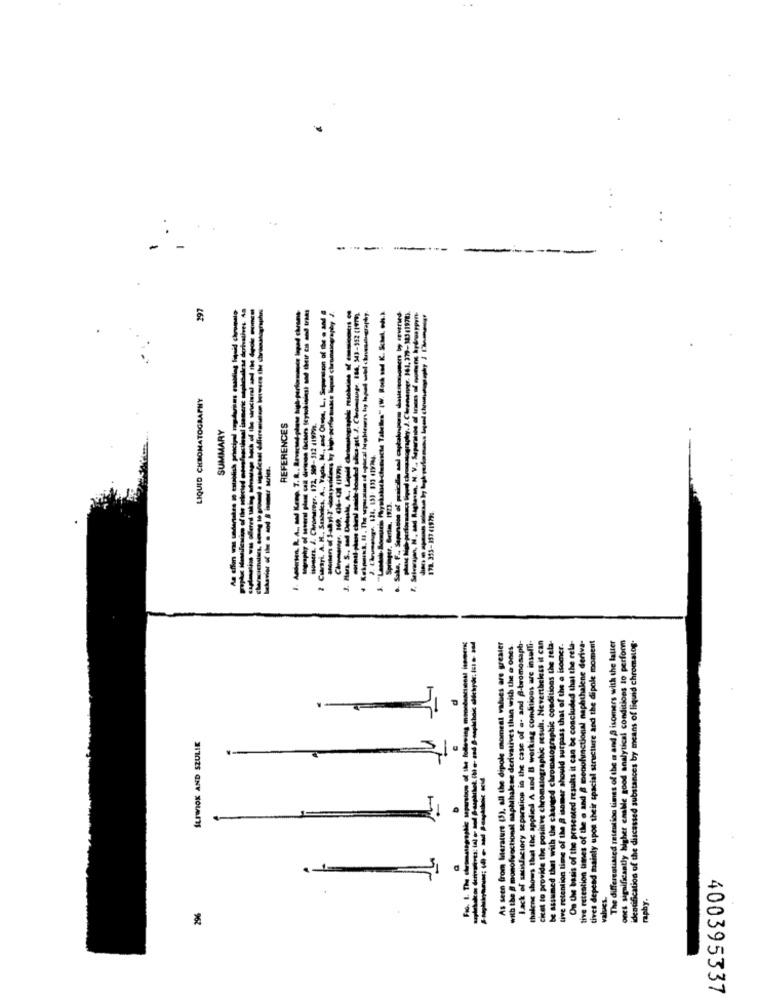
..
-
197
cilsal isemeric maptubeless derivatives As
2 Curyi. A. H ., Smontes, A ... Vada. M ., and Otmin, L. Seperation of the o and #
phase lab-performance Bypod chaussatography. J. Chenonver. 161, 379-343(1978)
LIQUID CHROMATOGRAPHY
isones. J. Chromaregr. 172. 500-312 41979.
SUMMARY
REFERENCES
Springer, Gerla. (923.
978. 355-357 41979
sphy of
-
.
As seen from literature (5), all the dipole moment values are greater
winfactory separation in the case of a. and A-bromonaph-
citet to provide the positive chromatographic result. Nevertheless it can
be assumed that with the changed chromatographic conditions the rela-
tives depend mainly upon their spacial structure and the dipole moment
The differentiated retention times of the a and @ isomers with the latter
ones significantly higher chable good analytical conditions to perform
identification of the discassed substances by means of liquid chromatog.
with the @ monofvoctional naphthalese derivatives than with the e ones
thalene shows that the applied A and B working conditions are inselli-
On the basis of the presented results it can be concluded that the rela-
tive retention times of the a and & menufunctional naphthalene deriva-
tive retention time of the # isomer should surpa
SLIWIOK AND SZULIE
11.
--------
tives depend moainty
values.
raphy.
296
400395337